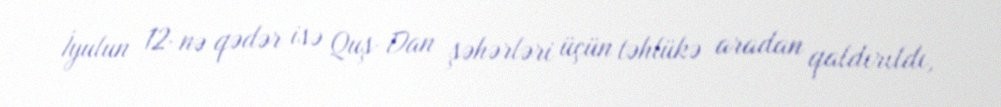
İyulun 12-nə qədər isə Quş-Dan şəhərləri üçün təhlükə aradan qaldırıldı,